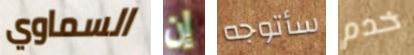
السماوي إن سأتوجه خدم